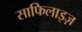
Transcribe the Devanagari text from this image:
साफिलाइज़